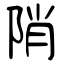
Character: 陗